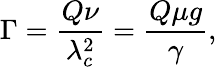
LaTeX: \Gamma=\frac{Q\nu}{\lambda_{c}^{2}}=\frac{Q\mu g}{\gamma},